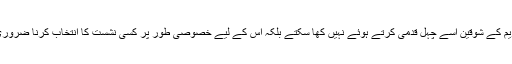
آئسکریم کے شوقین اسے چہل قدمی کرتے ہوئے نہیں کھا سکتے بلکہ اس کے لیے خصوصی طور پر کسی نشست کا انتخاب کرنا ضروری ہے۔